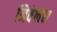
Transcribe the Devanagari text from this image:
निवेलेस